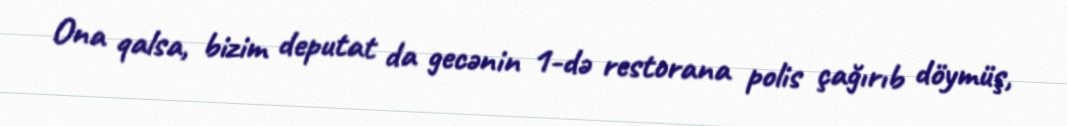
Ona qalsa, bizim deputat da gecənin 1-də restorana polis çağırıb döymüş,